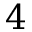
4